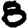
Digit: 8